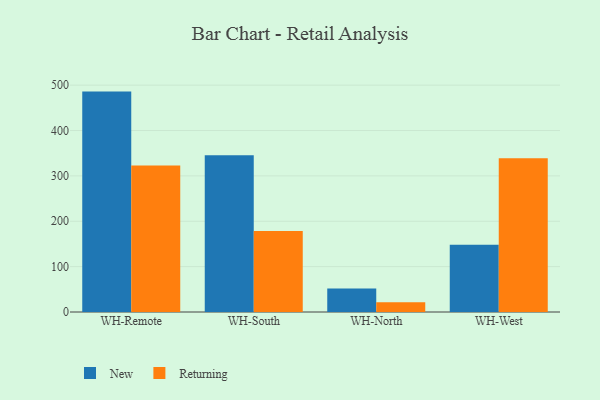
{"axis": {"x": "Warehouse", "y": "Headcount"}, "legend": ["New", "Returning"], "data": [{"x": "WH-Remote", "y": 485.8, "type": "New"}, {"x": "WH-Remote", "y": 322.9, "type": "Returning"}, {"x": "WH-South", "y": 345.3, "type": "New"}, {"x": "WH-South", "y": 178.7, "type": "Returning"}, {"x": "WH-North", "y": 51.8, "type": "New"}, {"x": "WH-North", "y": 21.7, "type": "Returning"}, {"x": "WH-West", "y": 148.5, "type": "New"}, {"x": "WH-West", "y": 338.7, "type": "Returning"}]}